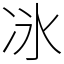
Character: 𫥇